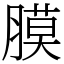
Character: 膜